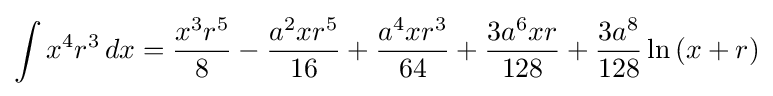
\int x^{4}r^{3}\,dx={\frac {x^{3}r^{5}}{8}}-{\frac {a^{2}xr^{5}}{16}}+{\frac {a^{4}xr^{3}}{64}}+{\frac {3a^{6}xr}{128}}+{\frac {3a^{8}}{128}}\ln \left(x+r\right)